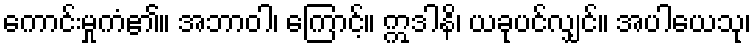
ကောင်းမှုကံ၏။ အဘာဝါ၊ ကြောင့်။ ဣဒါနိ၊ ယခုပင်လျှင်။ အပါယေသု၊